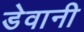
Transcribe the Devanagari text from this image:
डेवानी